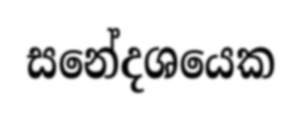
සනේදශයෙක